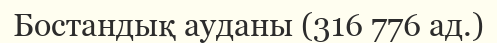
Бостандық ауданы (316 776 ад.)